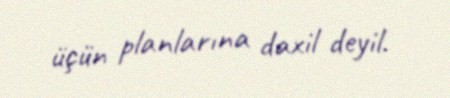
üçün planlarına daxil deyil.